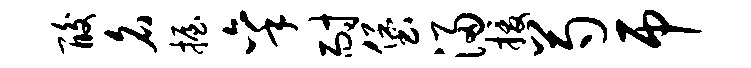
酸名握秉耐堡浸援芍吊